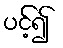
ပင့်၍